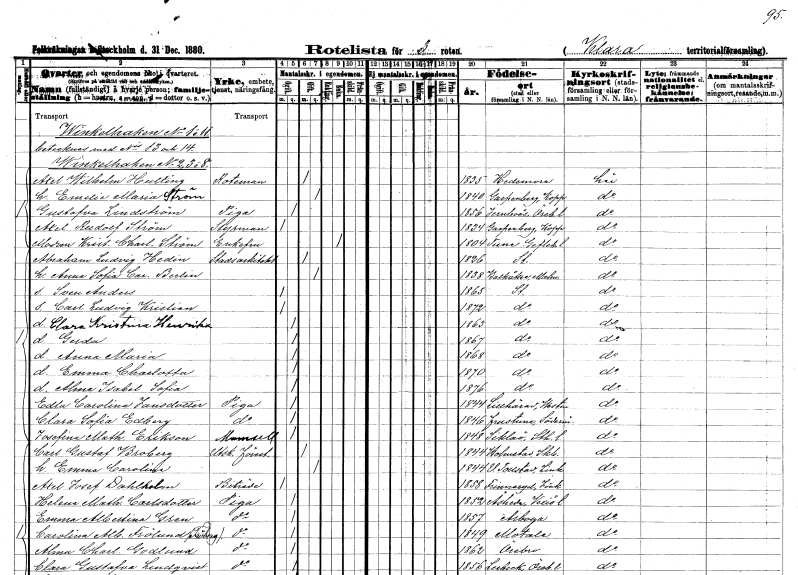
gt_parse: households: individuals: FN: Axel Wilhelm
EN: Hulting
YRKE: Roteman
KON: M
CIV: G
FODAR: 1835
FODFORS: Hedemora Kopparbergs län
FN: Emelie Maria
EN: Ström
KON: K
CIV: G
FODAR: 1840
FODFORS: Garpenberg Kopparbergs län
FN: Gustafva
EN: Lindström
YRKE: Piga
KON: K
CIV: O
FODAR: 1856
FODFORS: Järnboås Örebro län
FN: Axel Rudolf
EN: Ström
YRKE: Styrman
KON: M
CIV: O
FODAR: 1834
FODFORS: Garpenberg Kopparbergs län
FN: Kristina Charlotta
EN: Ström
KON: K
CIV: E
FODAR: 1804
FODFORS: Tuna Gävleborgs län
FN: Abraham Ludvig
EN: Hedin
YRKE: Stadsarkitekt
KON: M
CIV: G
FODAR: 1826
FODFORS: Stockholm
FN: Anna Sofia Carolina
EN: Berlin
KON: K
CIV: G
FODAR: 1838
FODFORS: Balkåkra Malmöhus län
FN: Sven Anders
KON: M
CIV: O
FODAR: 1865
FODFORS: Stockholm
FN: Carl Ludvig Kristian
KON: M
CIV: O
FODAR: 1872
FODFORS: Stockholm
FN: Clara Kristina Henrika
KON: K
CIV: O
FODAR: 1863
FODFORS: Stockholm
FN: Gerda
KON: K
CIV: O
FODAR: 1867
FODFORS: Stockholm
FN: Anna Maria
KON: K
CIV: O
FODAR: 1868
FODFORS: Stockholm
FN: Emma Charlotta
KON: K
CIV: O
FODAR: 1870
FODFORS: Stockholm
FN: Alma Isabel Sofia
KON: K
CIV: O
FODAR: 1876
FODFORS: Stockholm
FN: Edla Carolina
EN: Jansdotter
YRKE: Piga
KON: K
CIV: O
FODAR: 1844
FODFORS: Lillhärad Västmanlands län
FN: Clara Sofia
EN: Edberg
YRKE: Piga
KON: K
CIV: O
FODAR: 1846
FODFORS: Frustuna Södermanlands län
FN: Josefina Mathilda
EN: Erikson
KON: K
CIV: O
FODAR: 1848
FODFORS: Sicklaö Stockholms län
FN: Carl Gustaf
EN: Broberg
YRKE: Utskänkningsföreståndare
KON: M
CIV: G
FODAR: 1844
FODFORS: Holmestad Skaraborgs län
FN: Emma Carolina
KON: K
CIV: G
FODAR: 1844
FODFORS: Västra Tollstad Östergötlands län
FN: Axel Josef
EN: Dahlholm
YRKE: Biträde
KON: M
CIV: O
FODAR: 1858
FODFORS: Frinnaryd Jönköpings län
FN: Helena Mathilda
EN: Carlsdotter
YRKE: Piga
KON: K
CIV: O
FODAR: 1852
FODFORS: Åseda Kronobergs län
FN: Emma Albertina
EN: Gren
YRKE: Piga
KON: K
CIV: O
FODAR: 1857
FODFORS: Arboga Västmanlands län
FN: Carolina Albertina
EN: Frölund Fröberg
YRKE: Piga
KON: K
CIV: O
FODAR: 1849
FODFORS: Motala Östergötlands län
FN: Alma Charlotta
EN: Godlund
YRKE: Piga
KON: K
CIV: O
FODAR: 1862
FODFORS: Örebro Örebro län
FN: Clara Gustafva
EN: Lindqvist
YRKE: Piga
KON: K
CIV: O
FODAR: 1856
FODFORS: Lerbäck Örebro län